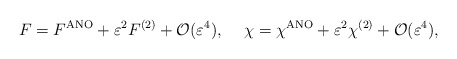
\begin{align*}F = F^{\rm ANO} +\varepsilon^2 F^{(2)} + {\cal O}(\varepsilon^4), \hskip 5mm \chi = \chi^{\rm ANO} + \varepsilon^2\chi^{(2)} + {\cal O}(\varepsilon^4),\end{align*}